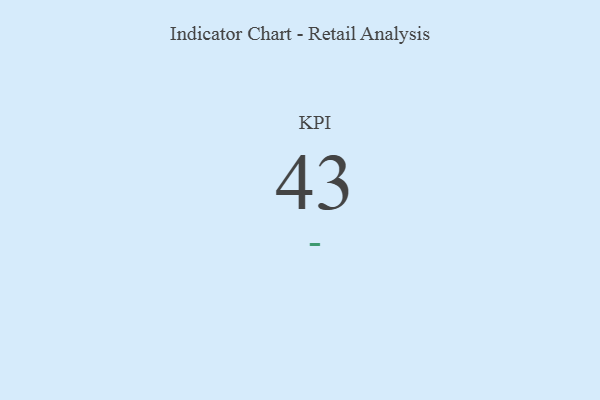
{"axis": {"x": "KPI", "y": "Value"}, "legend": [""], "data": [{"x": "KPI", "y": 43, "type": ""}]}